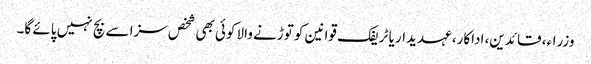
وزراء، قائدین، اداکار، عہدیدار یا ٹریفک قوانین کو توڑنے والا کوئی بھی شخص سزا سے بچ نہیں پائے گا۔